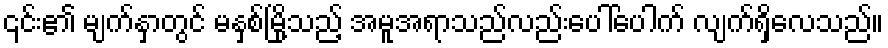
၎င်း၏ မျက်နှာတွင် မနှစ်မြို့သည့် အမူအရာသည်လည်းပေါ်ပေါက် လျက်ရှိလေသည်။